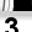
Digit: 3